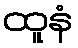
ထူနံ